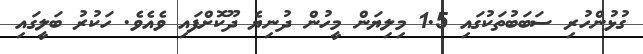
ގުޅުންހުރި ސަބަބުތަކުގައި 1.5 މިލިޔަން މީހުން ދުނިޔެ ދޫކޮށްފައި ވެއެވެ. ހަކުރު ބަލީގައި